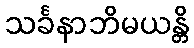
သင်္ခနာဘိမယန္တိ